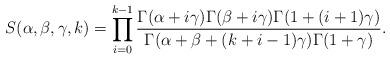
LaTeX: \begin{align*} S(\alpha,\beta,\gamma,k)=\prod_{i=0}^{k-1} \frac{\Gamma(\alpha+i\gamma)\Gamma(\beta+i\gamma)\Gamma(1+(i+1)\gamma)}{\Gamma(\alpha+\beta+(k+i-1)\gamma) \Gamma(1+\gamma)} .\end{align*}